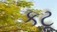
કટૂ